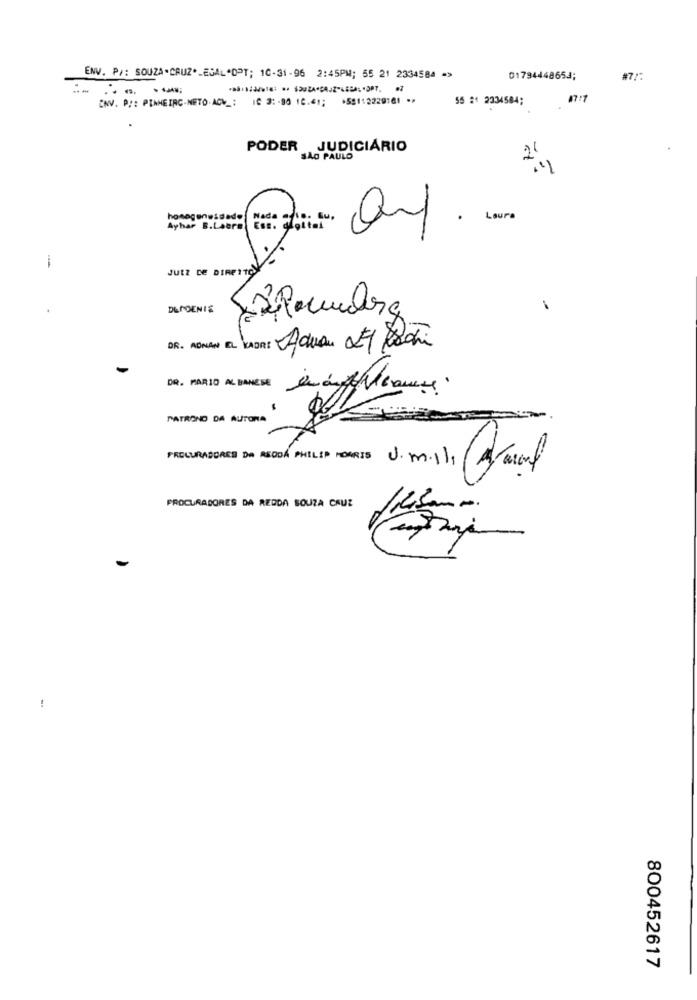
ENV. P .: SOUZA.CRUZ ._ EGAL"OPT; 10-31-96 2:45PM; 55 21 2334584 =>
01794448654;
-- -- --
ENV. P/: PINHEIRC-NETO.ADV _: 16 3: - 90 10.41; +55112220161 **
55 # 2334584;
PODER JUDICIÁRIO
SAO PAULO
Nada afis. Eu,
Laura
Ayhar B.Labre
Ess. glottal
-
JUIZ DE DIREITOS
DEPOENIS
1
DR. ADNAN EL VADRE Aduan El Pochi
DR. MARIO ALBANESE
001
PATRONO DA AUTORA
PROCURADORES DA ASODA PHILIP MORRIS J.m.il,
PROCURADORES DA REDDA SOUZA CRUZ
!
800452617